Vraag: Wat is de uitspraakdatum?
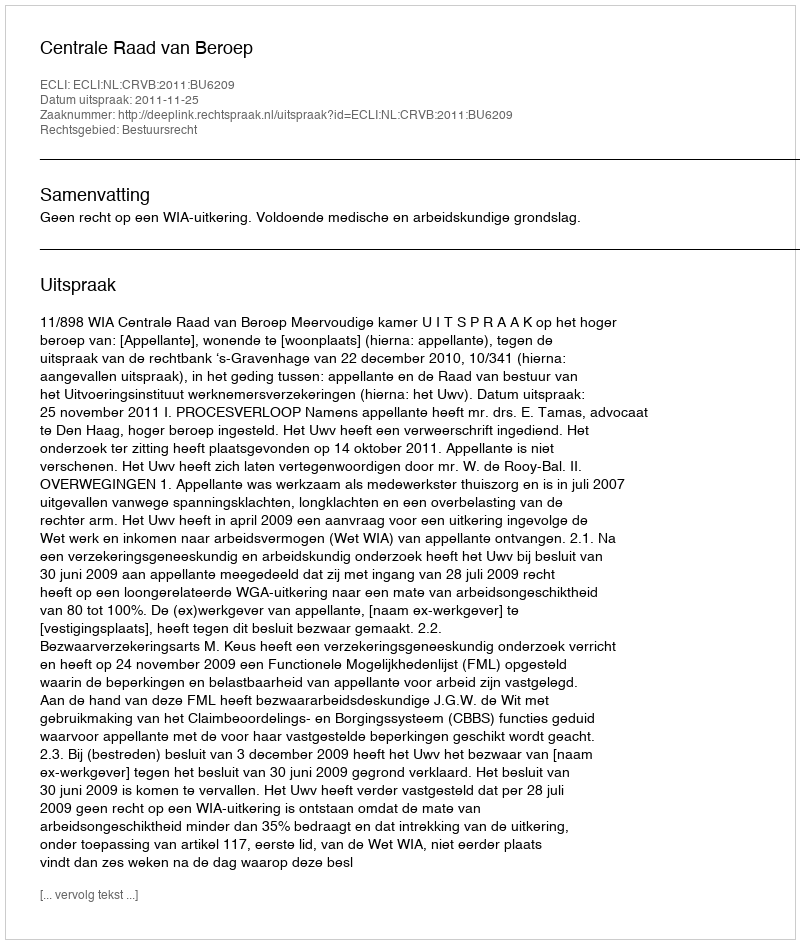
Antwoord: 2011-11-25